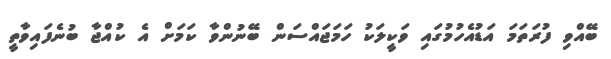
ބޭއްވި ފުރަތަމަ އަޑުއެހުމުގައި ވަކީލަކު ހަމަޖައްސަން ބޭނުންވާ ކަމަށް އެ ކުއްޖާ ބުނެފައިވާތީ